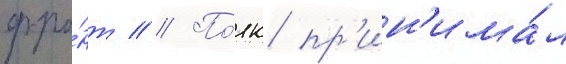
фро́нт // По́лк пр'ин'има́л